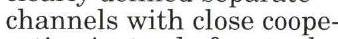
channels with close coope-